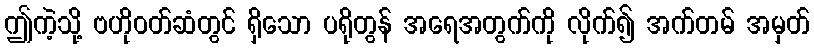
ဤကဲ့သို့ ဗဟိုဝတ်ဆံတွင် ရှိသော ပရိုတွန် အရေအတွက်ကို လိုက်၍ အက်တမ် အမှတ်